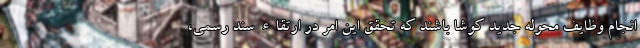
انجام وظایف محوله جدید کوشا باشند که تحقق این امر در ارتقاء سند رسمی،